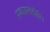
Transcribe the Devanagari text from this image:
प्रकाशसंदीप्ति।